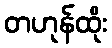
တဟုန်ထိုး